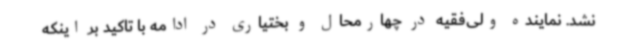
نشد. نماینده ولی‌فقیه در چهارمحال و بختیاری در ادامه با تاکید بر اینکه